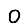
Digit: 0